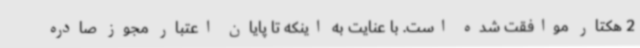
2 هکتار موافقت شده است. با عنایت به اینکه تا پایان اعتبار مجوز صادره